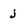
Character: j